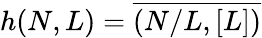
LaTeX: \begin{array}{r}{h(N,L)=\overline{{(N/L,[L])}}}\end{array}